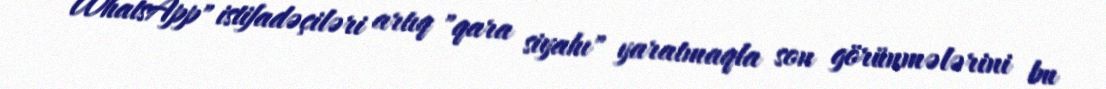
WhatsApp" istifadəçiləri artıq "qara siyahı" yaratmaqla son görünmələrini bu